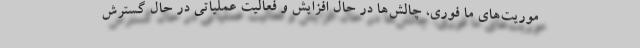
موریت‌های ما فوری، چالش‌ها در حال افزایش و فعالیت عملیاتی در حال گسترش